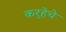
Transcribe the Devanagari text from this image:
कर्‍हेचे